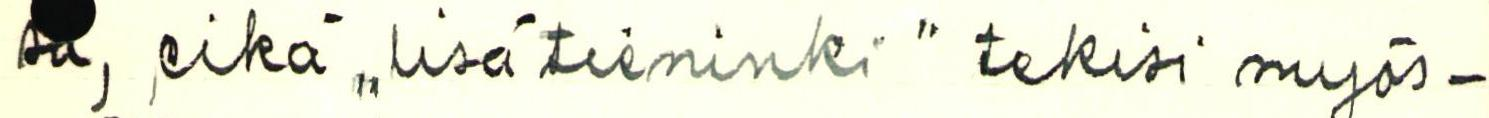
sa, eikä ,,lisätienenki" tekisi myös-